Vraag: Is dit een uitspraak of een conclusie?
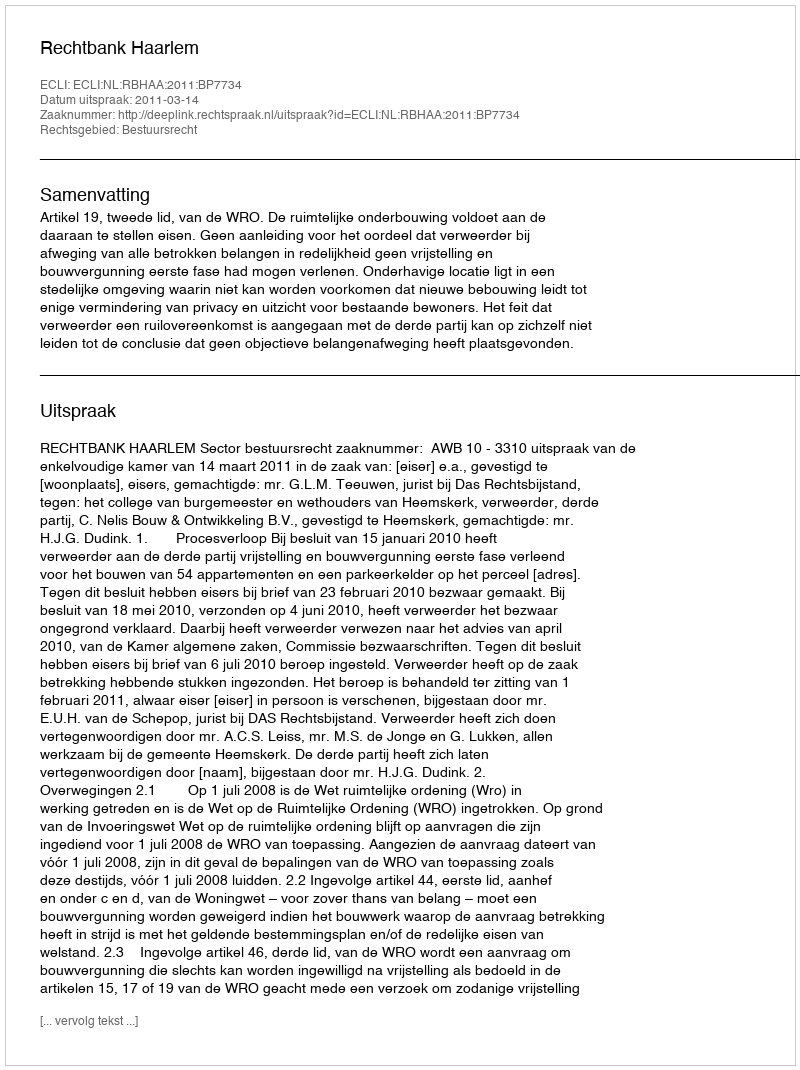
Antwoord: Uitspraak